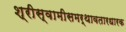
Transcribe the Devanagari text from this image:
श्रीस्वामीसमर्थावतारधारक